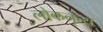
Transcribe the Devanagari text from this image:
लोकनृत्‍य